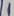
Text: 1